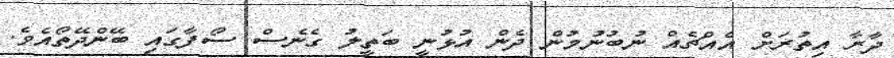
ދާރާ އިތުރަށް އެއްޗެއް ނުބުނުމުން ދެން އުޅުނީ ބަތީލު ގެނެސް ސޯފާގައި ބޭންދޭތޯއެވެ.